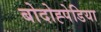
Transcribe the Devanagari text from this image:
बोदोह्पेडिया